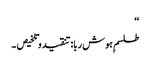
‘‘
طلسمِ ہوش ربا:تنقیدوتلخیص ۔